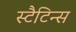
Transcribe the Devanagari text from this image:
स्टैटिन्स